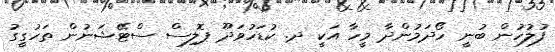
ފުލުހުން ބުނީ ހޯދަމުންދާ މީހާ އަކީ ދ. ކުޑަހުވަދޫ ޕޮލިސް ސްޓޭޝަނުން ތަހުގީގު